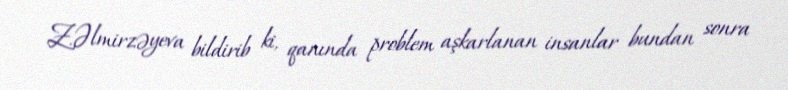
Z.Əlmirzəyeva bildirib ki, qanında problem aşkarlanan insanlar bundan sonra